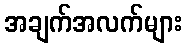
အချက်အလက်များ